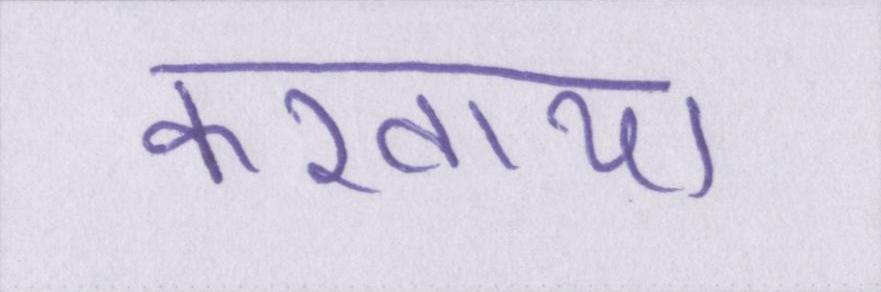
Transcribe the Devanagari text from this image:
करवाया